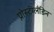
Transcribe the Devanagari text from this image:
प्रोस्टॅग्लँडिन